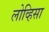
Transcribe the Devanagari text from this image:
लोव्हिसा